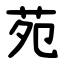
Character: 苑